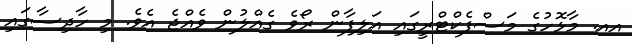
އއ. މާޅޮހުގެ މަސްފެކްޓްރީގައި އަލިފާން ރޯވެ ގެއްލުން ވެއްޖެ އެވެ. މި ހާދިސާގައި